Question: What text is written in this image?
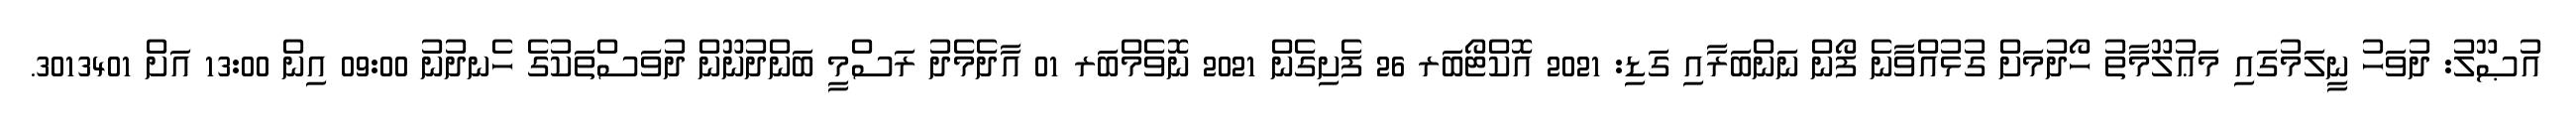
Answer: އުޞޫލު: ދުވަހު ނީލަމުގައި މަޢުލޫމާތު ހޯދުމަށް ގުޅުއްވާނެ ފޯން ނަންބަރާއި ގަޑި: 2021 އޮކްޓޯބަރ 26 ފެށިގެން 2021 ނޮވެމްބަރ 01 އާދެމެދު ރަސްމީ ބަންދުނޫން ދުވަސްތަކުގެ ހެނދުނު 09:00 އިން 13:00 އަށް 3013401.